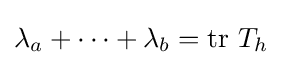
\lambda _{a}+\dots +\lambda _{b}=\mathrm {tr} ~T_{h}